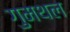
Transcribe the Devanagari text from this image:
गुमथल